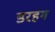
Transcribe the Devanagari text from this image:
डरहग